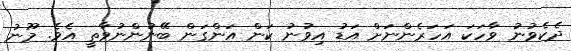
ދެކެވުނު ވާހަކަ އަހަރެންނަށް އަޑު އިވުނު ކަން އަންގަން ބޭނުންނުވާތީ އެވެ. މޫނު